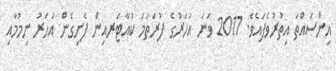
އިންސައްތަ އިތުރުވެފައެވެ. 2017 ވަނަ އަހަރުގެ ފުރަތަމަ ކުއާޓަރއިން ފެށިގެން އަހަރު ނިމުމާއި